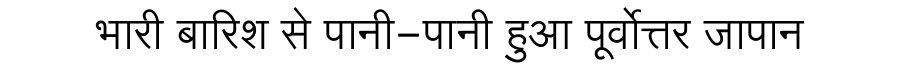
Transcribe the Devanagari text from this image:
भारी बारिश से पानी-पानी हुआ पूर्वोत्तर जापान